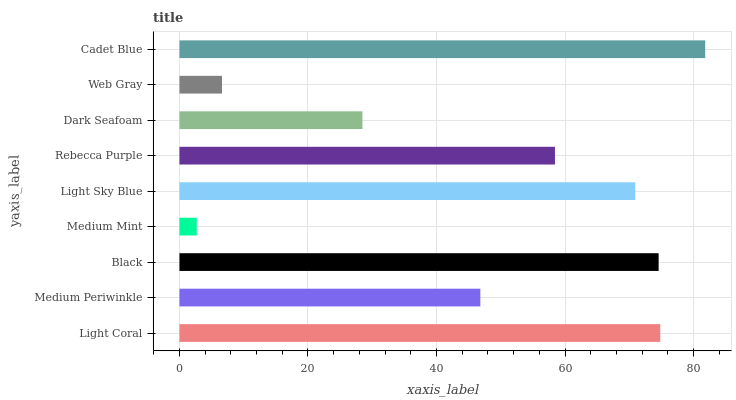
| yaxis_label | bars |
 | --- | --- |
 | Light Coral | 74.8 |
 | Medium Periwinkle | 46.8 |
 | Black | 74.6 |
 | Medium Mint | 2.69 |
 | Light Sky Blue | 70.9 |
 | Rebecca Purple | 58.4 |
 | Dark Seafoam | 28.5 |
 | Web Gray | 6.62 |
 | Cadet Blue | 81.8 |